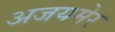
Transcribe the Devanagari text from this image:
अजयमेर